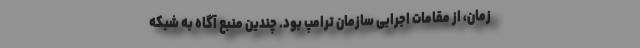
‌زمان، از مقامات اجرایی سازمان ترامپ بود. چندین منبع آگاه به شبکه